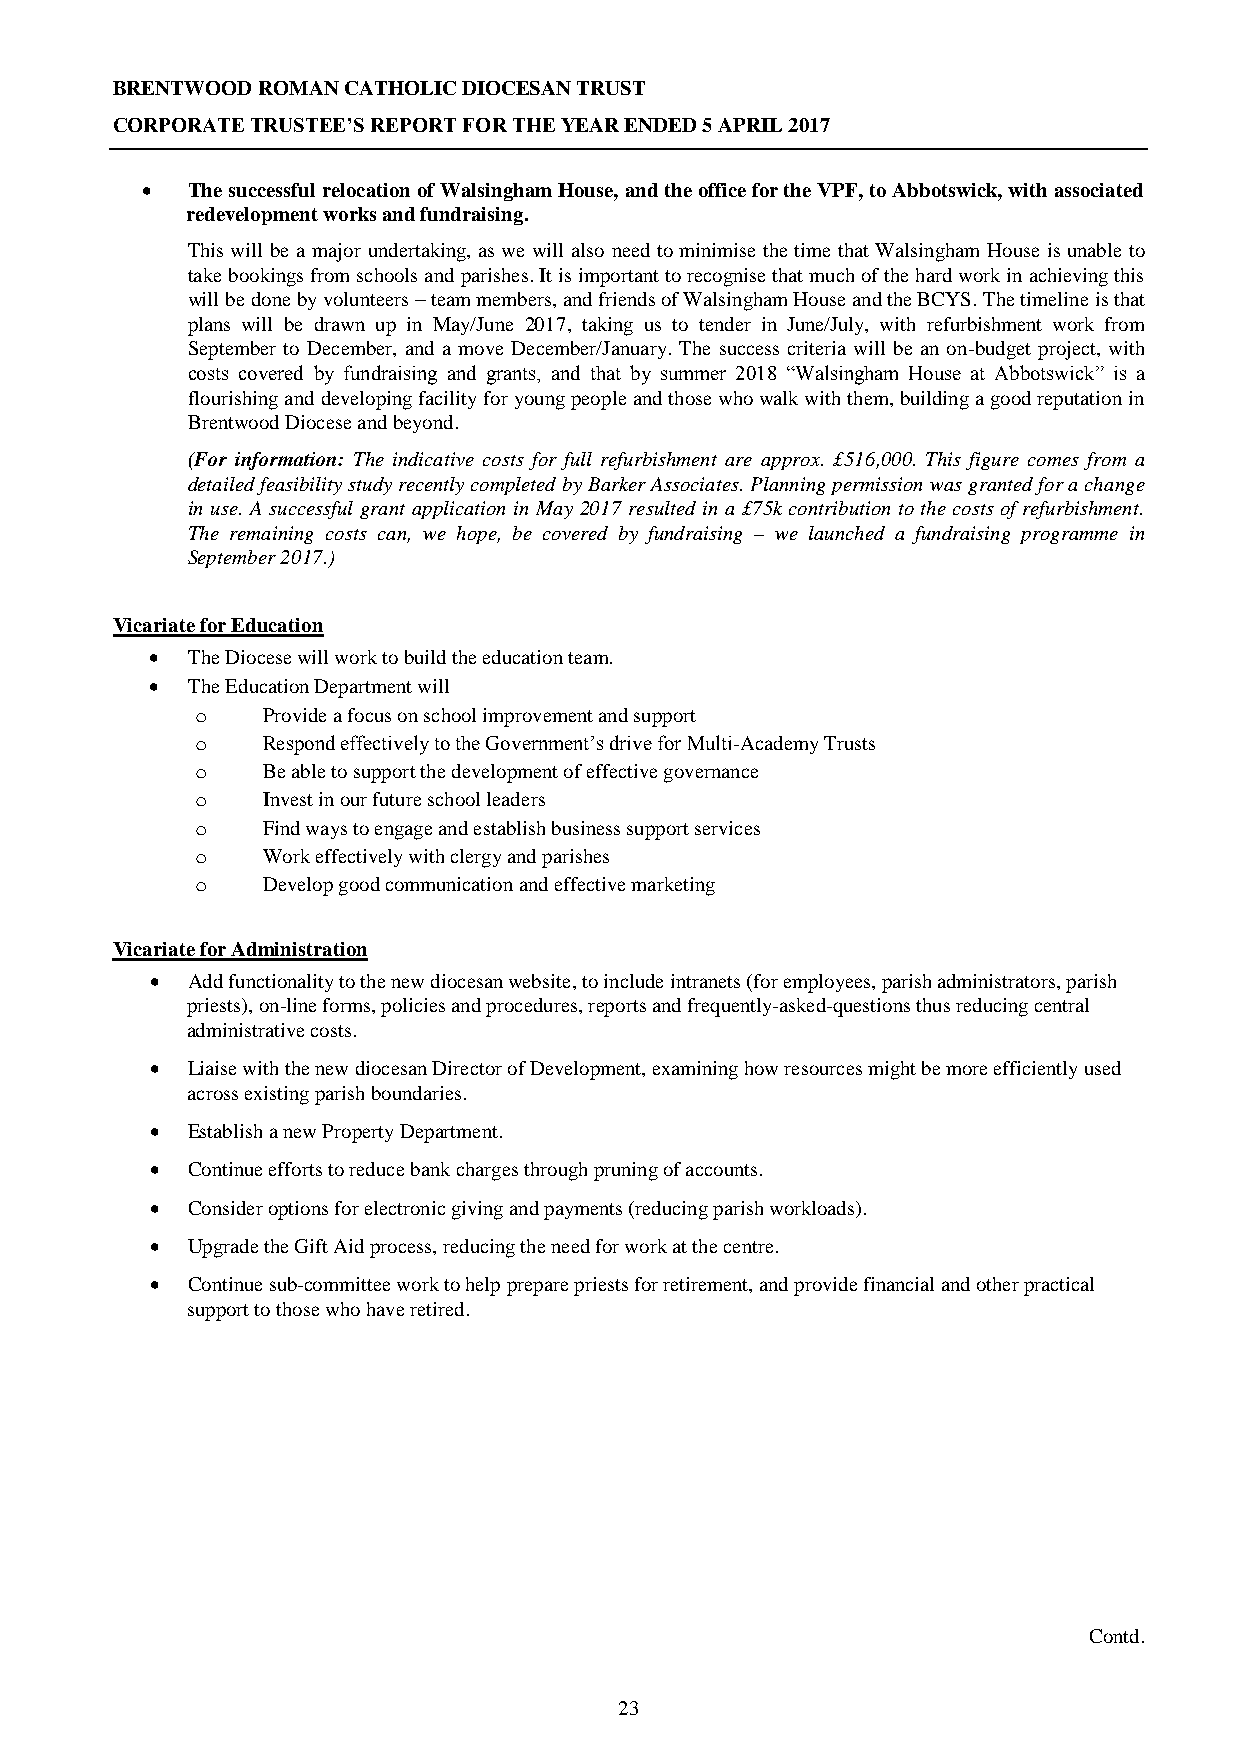
BRENTWOOD ROMAN CATHOLIC DIOCESAN TRUST
 CORPORATE TRUSTEE’S REPORT FOR THE YEAR ENDED 5 APRIL 2017
   The successful relocation of Walsingham House, and the office for the VPF, to Abbotswick, with associated
 redevelopment works and fundraising.
 This will be a major undertaking, as we will also need to minimise the time that Walsingham House is unable to
 take bookings from schools and parishes. It is important to recognise that much of the hard work in achieving this
 will be done by volunteers – team members, and friends of Walsingham House and the BCYS. The timeline is that
 plans will be drawn up in May/June 2017, taking us to tender in June/July, with refurbishment work from
 September to December, and a move December/January. The success criteria will be an on-budget project, with
 costs covered by fundraising and grants, and that by summer 2018 “Walsingham House at Abbotswick” is a
 flourishing and developing facility for young people and those who walk with them, building a good reputation in
 Brentwood Diocese and beyond.
 (For information: The indicative costs for full refurbishment are approx. £516,000. This figure comes from a
 detailed feasibility study recently completed by Barker Associates. Planning permission was granted for a change
 in use. A successful grant application in May 2017 resulted in a £75k contribution to the costs of refurbishment.
 The remaining costs can, we hope, be covered by fundraising – we launched a fundraising programme in
 September 2017.)
 Vicariate for Education
  The Diocese will work to build the education team.
  The Education Department will
 o   Provide a focus on school improvement and support
 o   Respond effectively to the Government’s drive for Multi-Academy Trusts
 o   Be able to support the development of effective governance
 o   Invest in our future school leaders
 o   Find ways to engage and establish business support services
 o   Work effectively with clergy and parishes
 o   Develop good communication and effective marketing
 Vicariate for Administration
  Add functionality to the new diocesan website, to include intranets (for employees, parish administrators, parish
 priests), on-line forms, policies and procedures, reports and frequently-asked-questions thus reducing central
 administrative costs.
  Liaise with the new diocesan Director of Development, examining how resources might be more efficiently used
 across existing parish boundaries.
  Establish a new Property Department.
  Continue efforts to reduce bank charges through pruning of accounts.
  Consider options for electronic giving and payments (reducing parish workloads).
  Upgrade the Gift Aid process, reducing the need for work at the centre.
  Continue sub-committee work to help prepare priests for retirement, and provide financial and other practical
 support to those who have retired.
 Contd.
 23